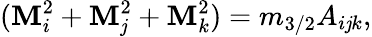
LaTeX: (\mathbf{M}_{i}^{2}+\mathbf{M}_{\mathit{j}}^{2}+\mathbf{M}_{k}^{2})=m_{3/2}A_{i\mathit{j}k},